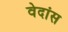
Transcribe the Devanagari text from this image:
वेदांस